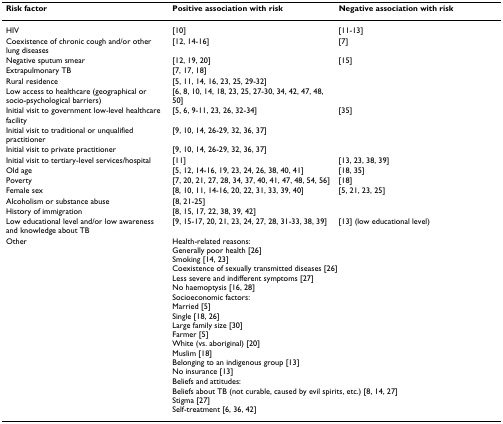
<table><thead><tr><td><b>Risk factor</b></td><td><b>Positive association with risk</b></td><td><b>Negative association with risk</b></td></tr></thead><tbody><tr><td>HIV</td><td>[10]</td><td>[11-13]</td></tr><tr><td>Coexistence of chronic cough and/or other lung diseases</td><td>[12, 14-16]</td><td>[7]</td></tr><tr><td>Negative sputum smear</td><td>[12, 19, 20]</td><td>[15]</td></tr><tr><td>Extrapulmonary TB</td><td>[7, 17, 18]</td><td></td></tr><tr><td>Rural residence</td><td>[5, 11, 14, 16, 23, 25, 29-32]</td><td></td></tr><tr><td>Low access to healthcare (geographical or socio-psychological barriers)</td><td>[6, 8, 10, 14, 18, 23, 25, 27-30, 34, 42, 47, 48, 50]</td><td></td></tr><tr><td>Initial visit to government low-level healthcare facility</td><td>[5, 6, 9-11, 23, 26, 32-34]</td><td>[35]</td></tr><tr><td>Initial visit to traditional or unqualified practitioner</td><td>[9, 10, 14, 26-29, 32, 36, 37]</td><td></td></tr><tr><td>Initial visit to private practitioner</td><td>[9, 10, 14, 26-29, 32, 36, 37]</td><td></td></tr><tr><td>Initial visit to tertiary-level services/hospital</td><td>[11]</td><td>[13, 23, 38, 39]</td></tr><tr><td>Old age</td><td>[5, 12, 14-16, 19, 23, 24, 26, 38, 40, 41]</td><td>[18, 35]</td></tr><tr><td>Poverty</td><td>[7, 20, 21, 27, 28, 34, 37, 40, 41, 47, 48, 54, 56]</td><td>[18]</td></tr><tr><td>Female sex</td><td>[8, 10, 11, 14-16, 20, 22, 31, 33, 39, 40]</td><td>[5, 21, 23, 25]</td></tr><tr><td>Alcoholism or substance abuse</td><td>[8, 21-25]</td><td></td></tr><tr><td>History of immigration</td><td>[8, 15, 17, 22, 38, 39, 42]</td><td></td></tr><tr><td>Low educational level and/or low awareness and knowledge about TB</td><td>[9, 15-17, 20, 21, 23, 24, 27, 28, 31-33, 38, 39]</td><td>[13] (low educational level)</td></tr><tr><td>Other</td><td colspan="2">Health-related reasons:Generally poor health [26]Smoking [14, 23]Coexistence of sexually transmitted diseases [26]Less severe and indifferent symptoms [27]No haemoptysis [16, 28]</td></tr><tr><td></td><td colspan="2">Socioeconomic factors:Married [5]Single [18, 26]Large family size [30]Farmer [5]White (vs. aboriginal) [20]Muslim [18]Belonging to an indigenous group [13]No insurance [13]</td></tr><tr><td></td><td colspan="2">Beliefs and attitudes:Beliefs about TB (not curable, caused by evil spirits, etc.) [8, 14, 27]Stigma [27]Self-treatment [6, 36, 42]</td></tr></tbody></table>